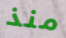
منذ